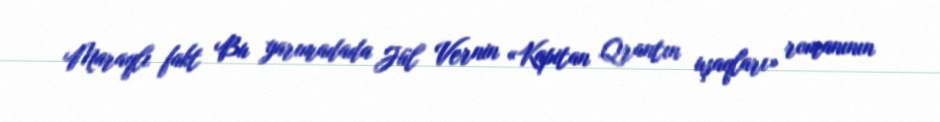
Maraqlı fakt Bu yarımadada Jül Vernin «Kapitan Qrantın uşaqları» romanının